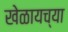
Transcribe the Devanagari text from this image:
खेळायच्या